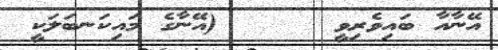
އޭނާއާ ބައިވެރިވީ      (އޭނާގެ މައިކަނބަލަކީ